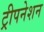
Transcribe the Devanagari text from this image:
ट्रीपनेशन